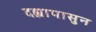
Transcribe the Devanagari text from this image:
दह्यापासुन